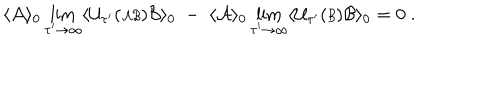
LaTeX: \langle { \cal A } \rangle _ { 0 } \lim _ { \tau ^ { \prime } \rightarrow \infty } \langle { \cal U } _ { \tau ^ { \prime } } ( { \scriptstyle { \cal A B } } ) { \cal B } \rangle _ { 0 } \; - \; \langle { \cal A } \rangle _ { 0 } \lim _ { \tau ^ { \prime } \rightarrow \infty } \langle { \cal U } _ { \tau ^ { \prime } } ( { \scriptstyle { \cal B } } ) { \cal B } \rangle _ { 0 } = 0 \; .